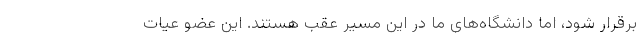
برقرار شود، اما دانشگاه‌های ما در این مسیر عقب هستند. این عضو عیات